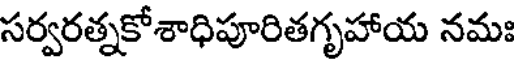
సర్వరత్నకోశాధిపూరితగృహాయ నమః